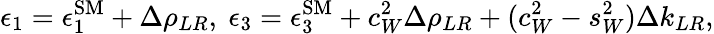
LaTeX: \epsilon_{1}=\epsilon_{1}^{\mathrm{SM}}+\Delta\rho_{LR},\ \epsilon_{3}=\epsilon_{3}^{\mathrm{SM}}+c_{W}^{2}\Delta\rho_{LR}+(c_{W}^{2}-s_{W}^{2})\Delta k_{LR},